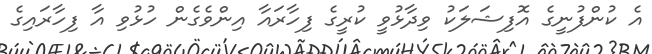
އެ ކުންފުނީގެ އޮފިޝަލަކު ވިދާޅުވީ ކުރީގެ ފިހާރައާ އިންވެގެން ހުޅުވި އާ ފިހާރައިގެ